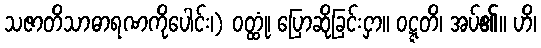
သဇာတိသာဓာရဏကိုပေါင်း၊) ဝတ္ထုံ၊ ပြောဆိုခြင်းငှာ။ ဝဋ္ဋတိ၊ အပ်၏။ ဟိ၊